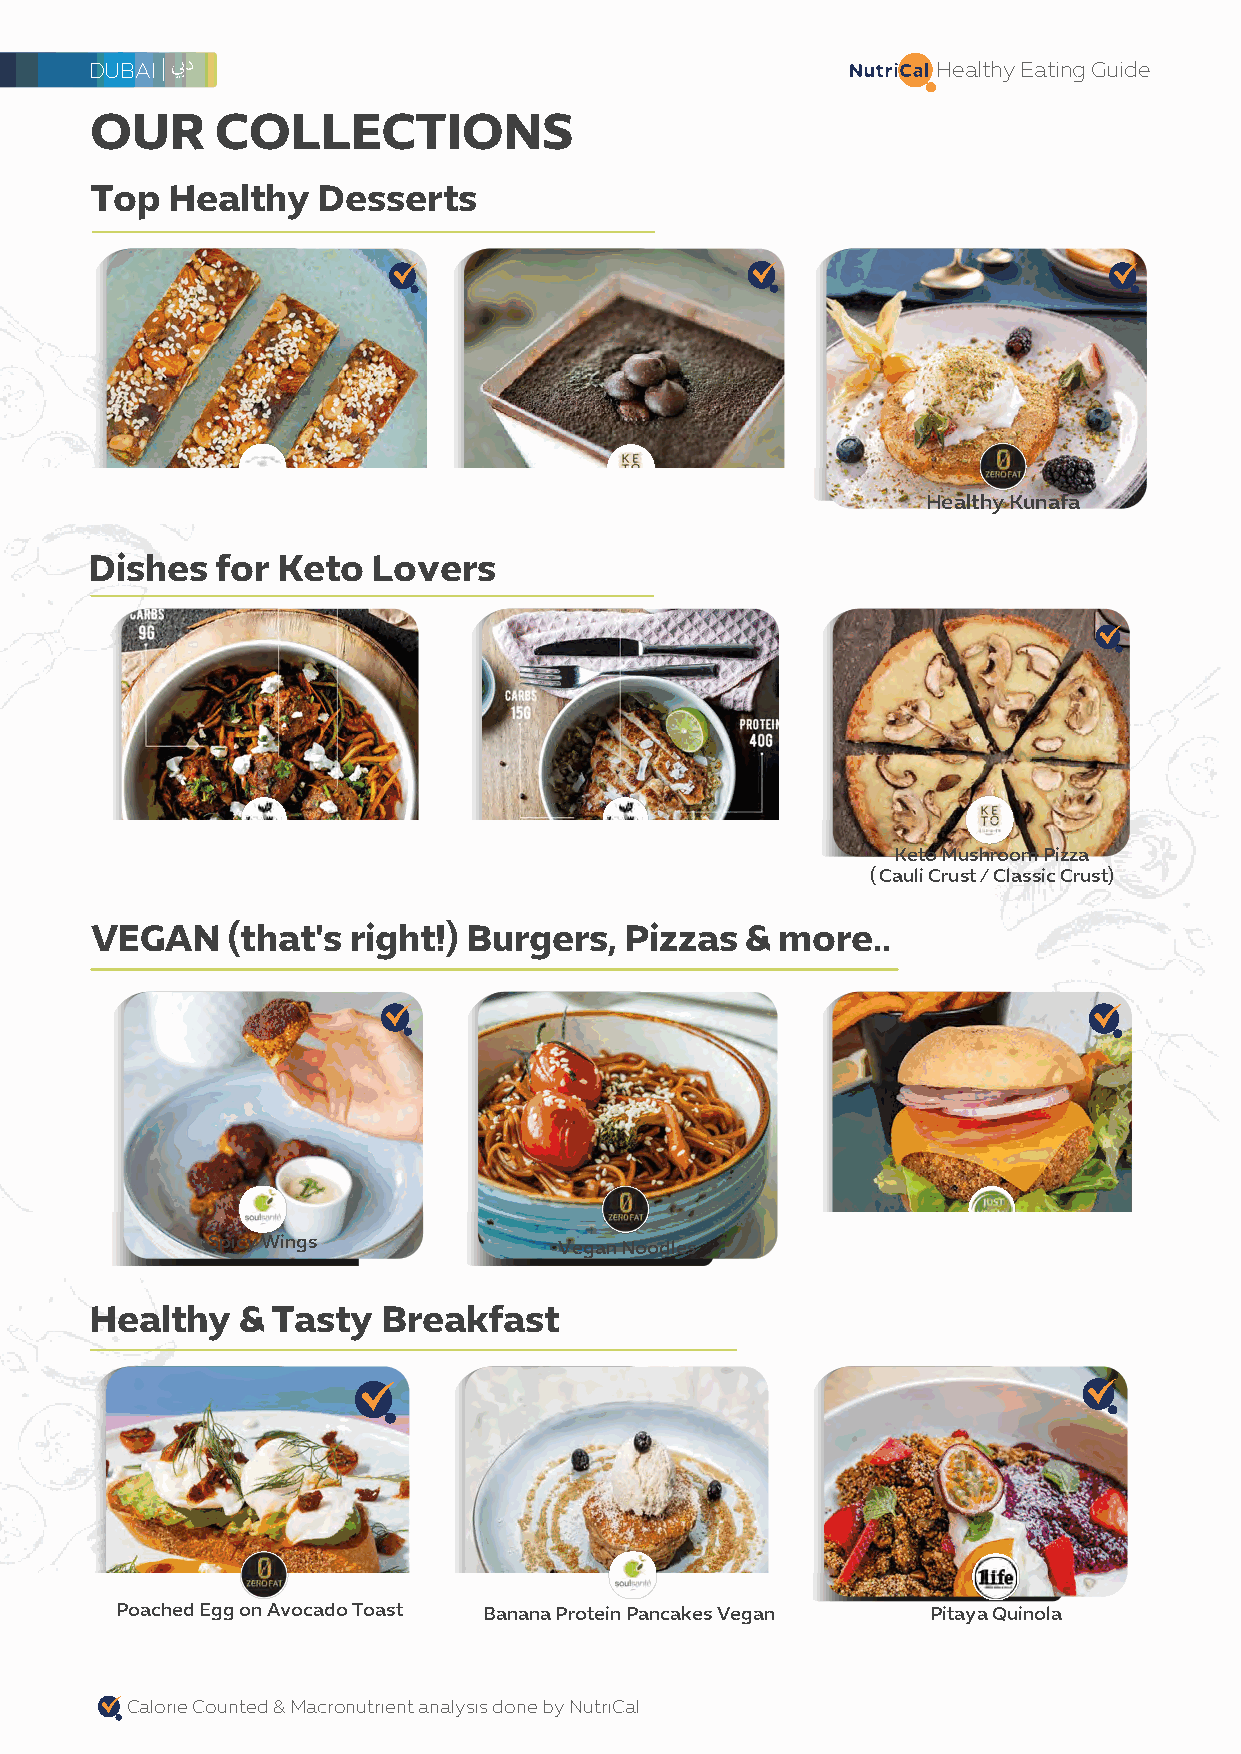
DUBAI                                             Nutri a Healthy Eating Guide
 OUR     COLLECTIONS
 Top  Healthy   Desserts
 Paleo Baklava Granola Bar Keto Gourmet Tiramisu     Healthy Kunafa
 Dishes  for Keto   Lovers
 Keto Arrabiata Meatballs Keto Chicken With Cauliflower Rice Keto Mushroom Pizza
 ( Cauli Crust / Classic Crust)
 VEGAN    (that's right!) Burgers,  Pizzas  &  more..
 Spicy Wings            Vegan Noodles          Bunless Au Burger
 Healthy   & Tasty  Breakfast
 ....
 Poached Egg on Avocado Toast Banana Protein Pancakes Vegan Pitaya Quinola
 Calorie Counted & Macronutrient analysis done by NutriCal